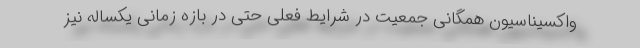
واکسیناسیون همگانی جمعیت در شرایط فعلی حتی در بازه زمانی یکساله نیز